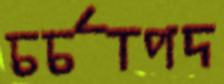
চর্চাপদ